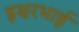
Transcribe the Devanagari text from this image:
इश्वरभाई